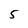
Character: 5